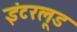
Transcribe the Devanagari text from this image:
इंटरलूड